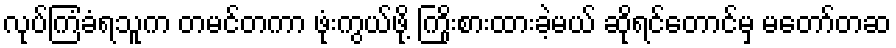
လုပ်ကြံခံရသူက တမင်တကာ ဖုံးကွယ်ဖို့ ကြိုးစားထားခဲ့မယ် ဆိုရင်တောင်မှ မတော်တဆ